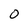
Character: 0